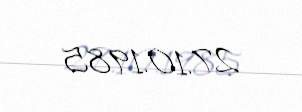
27.10.1985